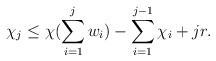
\begin{align*}\chi_j \leq \chi(\sum\limits_{i=1}^j w_i) -\sum\limits_{i=1}^{j-1}\chi_i + jr.\end{align*}